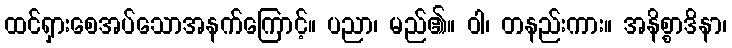
ထင်ရှားစေအပ်သောအနက်ကြောင့်။ ပညာ၊ မည်၏။ ဝါ၊ တနည်းကား။ အနိစ္စာဒိနာ၊